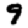
Digit: 9